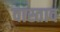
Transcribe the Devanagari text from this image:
वास्ताव